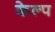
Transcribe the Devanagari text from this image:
केल्प